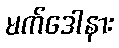
မက်ဒေါနား